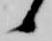
候